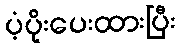
ပံ့ပိုးပေးထားပြီး